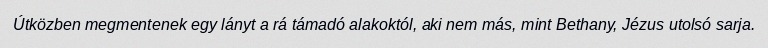
Útközben megmentenek egy lányt a rá támadó alakoktól, aki nem más, mint Bethany, Jézus utolsó sarja.